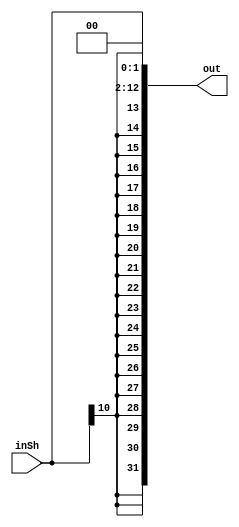
`timescale 1ns / 1ps
//////////////////////////////////////////////////////////////////////////////////
// Company: 
// Engineer: 
// 
// Design Name: 
// Module Name:    ShiftLeft2Cat
// Project Name: 
// Target Devices: 
// Tool versions: 
// Description: 
//
// Dependencies: 
//
// Revision: 
// Revision 0.01 - File Created
// Additional Comments: 
//
//////////////////////////////////////////////////////////////////////////////////
module ShiftLeft2Cat(inSh, out);
	 
	 input [10:0] inSh;
	// input [3:0] inPC;
	 output reg [31:0] out;
	 reg [31:0] temp;

	always@(inSh)begin
		temp <= {{21{inSh[10]}}, inSh[10:0]};		
	end
	
	always@(temp)begin
		out <= temp << 2;
	end

endmodule